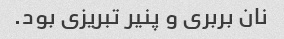
نان بربرى و پنیر تبریزى بود.